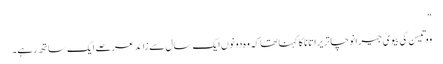
"
ووتیسن کی بیوی جیرانوچا تریراتانا کا کہنا تھا کہ وہ دونوں ایک سال سے زائد عرصے ایک ساتھ رہے۔